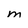
Character: M